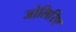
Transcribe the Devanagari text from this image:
जोलिरिए